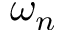
\omega _ { n }